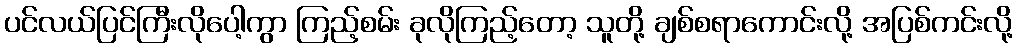
ပင်လယ်ပြင်ကြီးလိုပေါ့ကွာ ကြည့်စမ်း ခုလိုကြည့်တော့ သူတို့ ချစ်စရာကောင်းလို့ အပြစ်ကင်းလို့